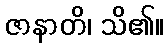
ဇာနာတိ၊ သိ၏။